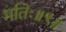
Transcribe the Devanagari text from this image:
मतिः॥९॥